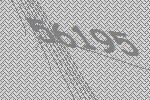
56195